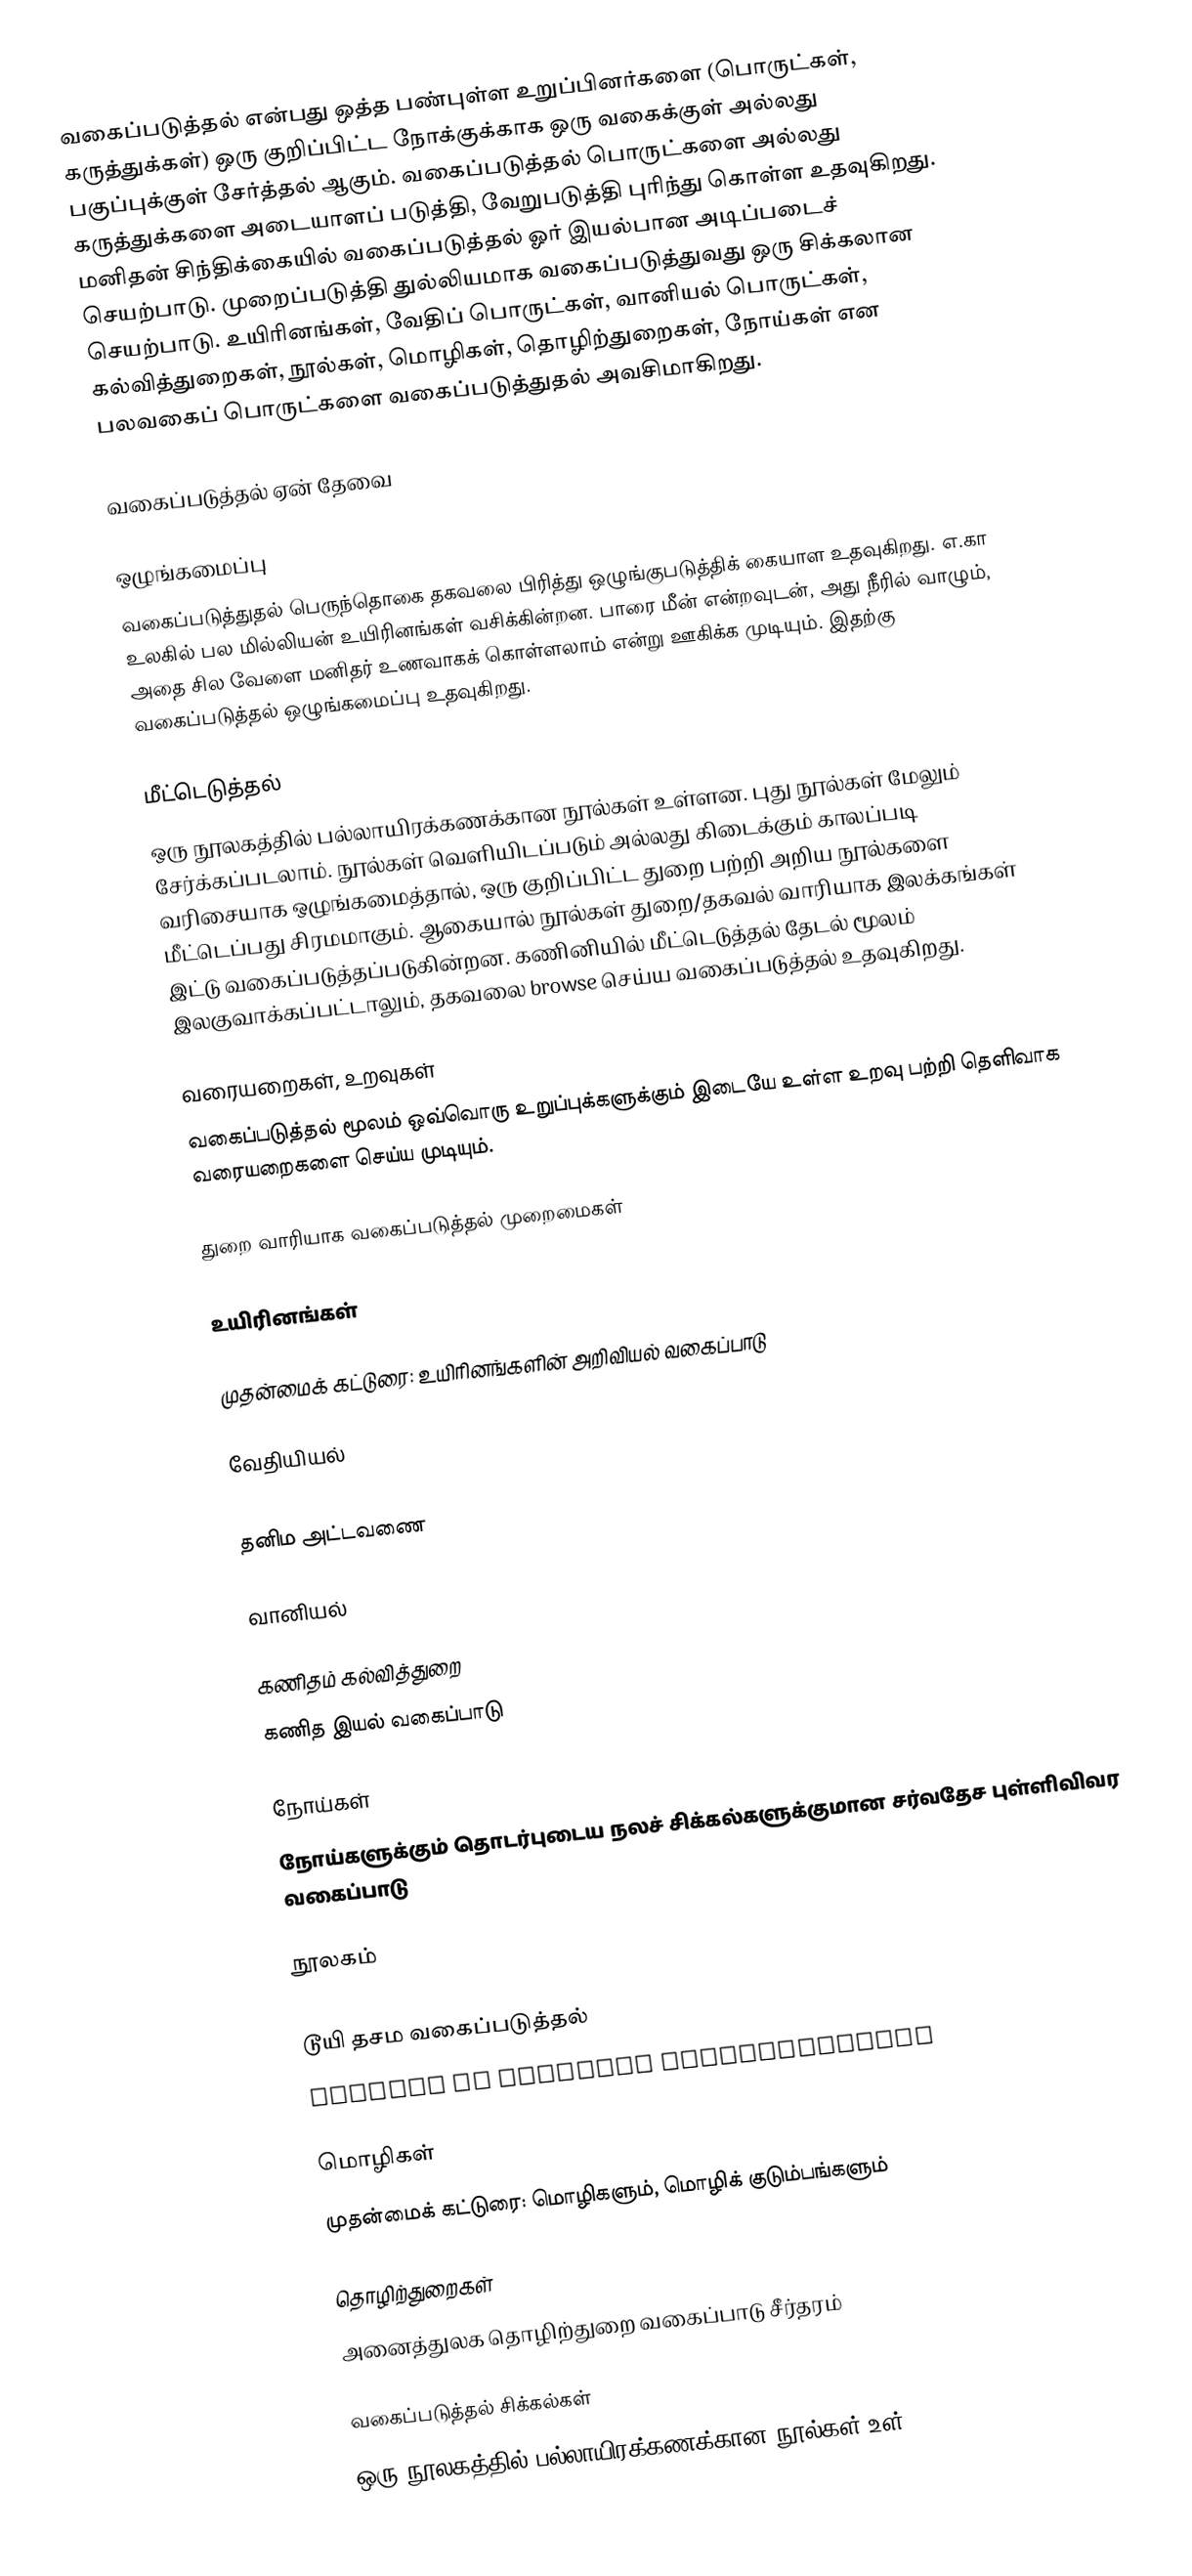
வகைப்படுத்தல் என்பது ஒத்த பண்புள்ள உறுப்பினர்களை (பொருட்கள், கருத்துக்கள்) ஒரு குறிப்பிட்ட நோக்குக்காக ஒரு வகைக்குள் அல்லது பகுப்புக்குள் சேர்த்தல் ஆகும்.  வகைப்படுத்தல் பொருட்களை அல்லது கருத்துக்களை அடையாளப் படுத்தி, வேறுபடுத்தி புரிந்து கொள்ள உதவுகிறது.  மனிதன் சிந்திக்கையில் வகைப்படுத்தல் ஓர் இயல்பான அடிப்படைச் செயற்பாடு.  முறைப்படுத்தி துல்லியமாக வகைப்படுத்துவது ஒரு சிக்கலான செயற்பாடு.  உயிரினங்கள், வேதிப் பொருட்கள், வானியல் பொருட்கள், கல்வித்துறைகள், நூல்கள், மொழிகள், தொழிற்துறைகள், நோய்கள் என பலவகைப் பொருட்களை வகைப்படுத்துதல் அவசிமாகிறது.

வகைப்படுத்தல் ஏன் தேவை

ஒழுங்கமைப்பு
வகைப்படுத்துதல் பெருந்தொகை தகவலை பிரித்து ஒழுங்குபடுத்திக் கையாள உதவுகிறது.  எ.கா உலகில் பல மில்லியன் உயிரினங்கள் வசிக்கின்றன.  பாரை மீன் என்றவுடன், அது நீரில் வாழும், அதை சில வேளை மனிதர் உணவாகக் கொள்ளலாம் என்று ஊகிக்க முடியும்.  இதற்கு வகைப்படுத்தல் ஒழுங்கமைப்பு உதவுகிறது.

மீட்டெடுத்தல்
ஒரு நூலகத்தில் பல்லாயிரக்கணக்கான நூல்கள் உள்ளன.  புது நூல்கள் மேலும் சேர்க்கப்படலாம்.  நூல்கள் வெளியிடப்படும் அல்லது கிடைக்கும் காலப்படி வரிசையாக ஒழுங்கமைத்தால், ஒரு குறிப்பிட்ட துறை பற்றி அறிய நூல்களை மீட்டெப்பது சிரமமாகும்.  ஆகையால் நூல்கள் துறை/தகவல் வாரியாக இலக்கங்கள் இட்டு வகைப்படுத்தப்படுகின்றன.  கணினியில் மீட்டெடுத்தல் தேடல் மூலம் இலகுவாக்கப்பட்டாலும், தகவலை browse செய்ய வகைப்படுத்தல் உதவுகிறது.

வரையறைகள், உறவுகள்
வகைப்படுத்தல் மூலம் ஒவ்வொரு உறுப்புக்களுக்கும் இடையே உள்ள உறவு பற்றி தெளிவாக வரையறைகளை செய்ய முடியும்.

துறை வாரியாக வகைப்படுத்தல் முறைமைகள்

உயிரினங்கள்

முதன்மைக் கட்டுரை: உயிரினங்களின் அறிவியல் வகைப்பாடு

வேதியியல்
 :en:Chemical classification
 தனிம அட்டவணை

வானியல்

கணிதம் கல்வித்துறை
கணித இயல் வகைப்பாடு

நோய்கள்
நோய்களுக்கும் தொடர்புடைய நலச் சிக்கல்களுக்குமான சர்வதேச புள்ளிவிவர வகைப்பாடு

நூலகம்
 Ranganathan Colon classification
 டூயி தசம வகைப்படுத்தல்
 Library of Congress Classification

மொழிகள்
முதன்மைக் கட்டுரை: மொழிகளும், மொழிக் குடும்பங்களும்

தொழிற்துறைகள்
அனைத்துலக தொழிற்துறை வகைப்பாடு சீர்தரம்

வகைப்படுத்தல் சிக்கல்கள்
ஒரு நூலகத்தில் பல்லாயிரக்கணக்கான நூல்கள் உள்